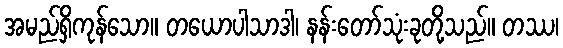
အမည်ရှိကုန်သော။ တယောပါသာဒါ၊ နန်းတော်သုံးခုတို့သည်။ တဿ၊